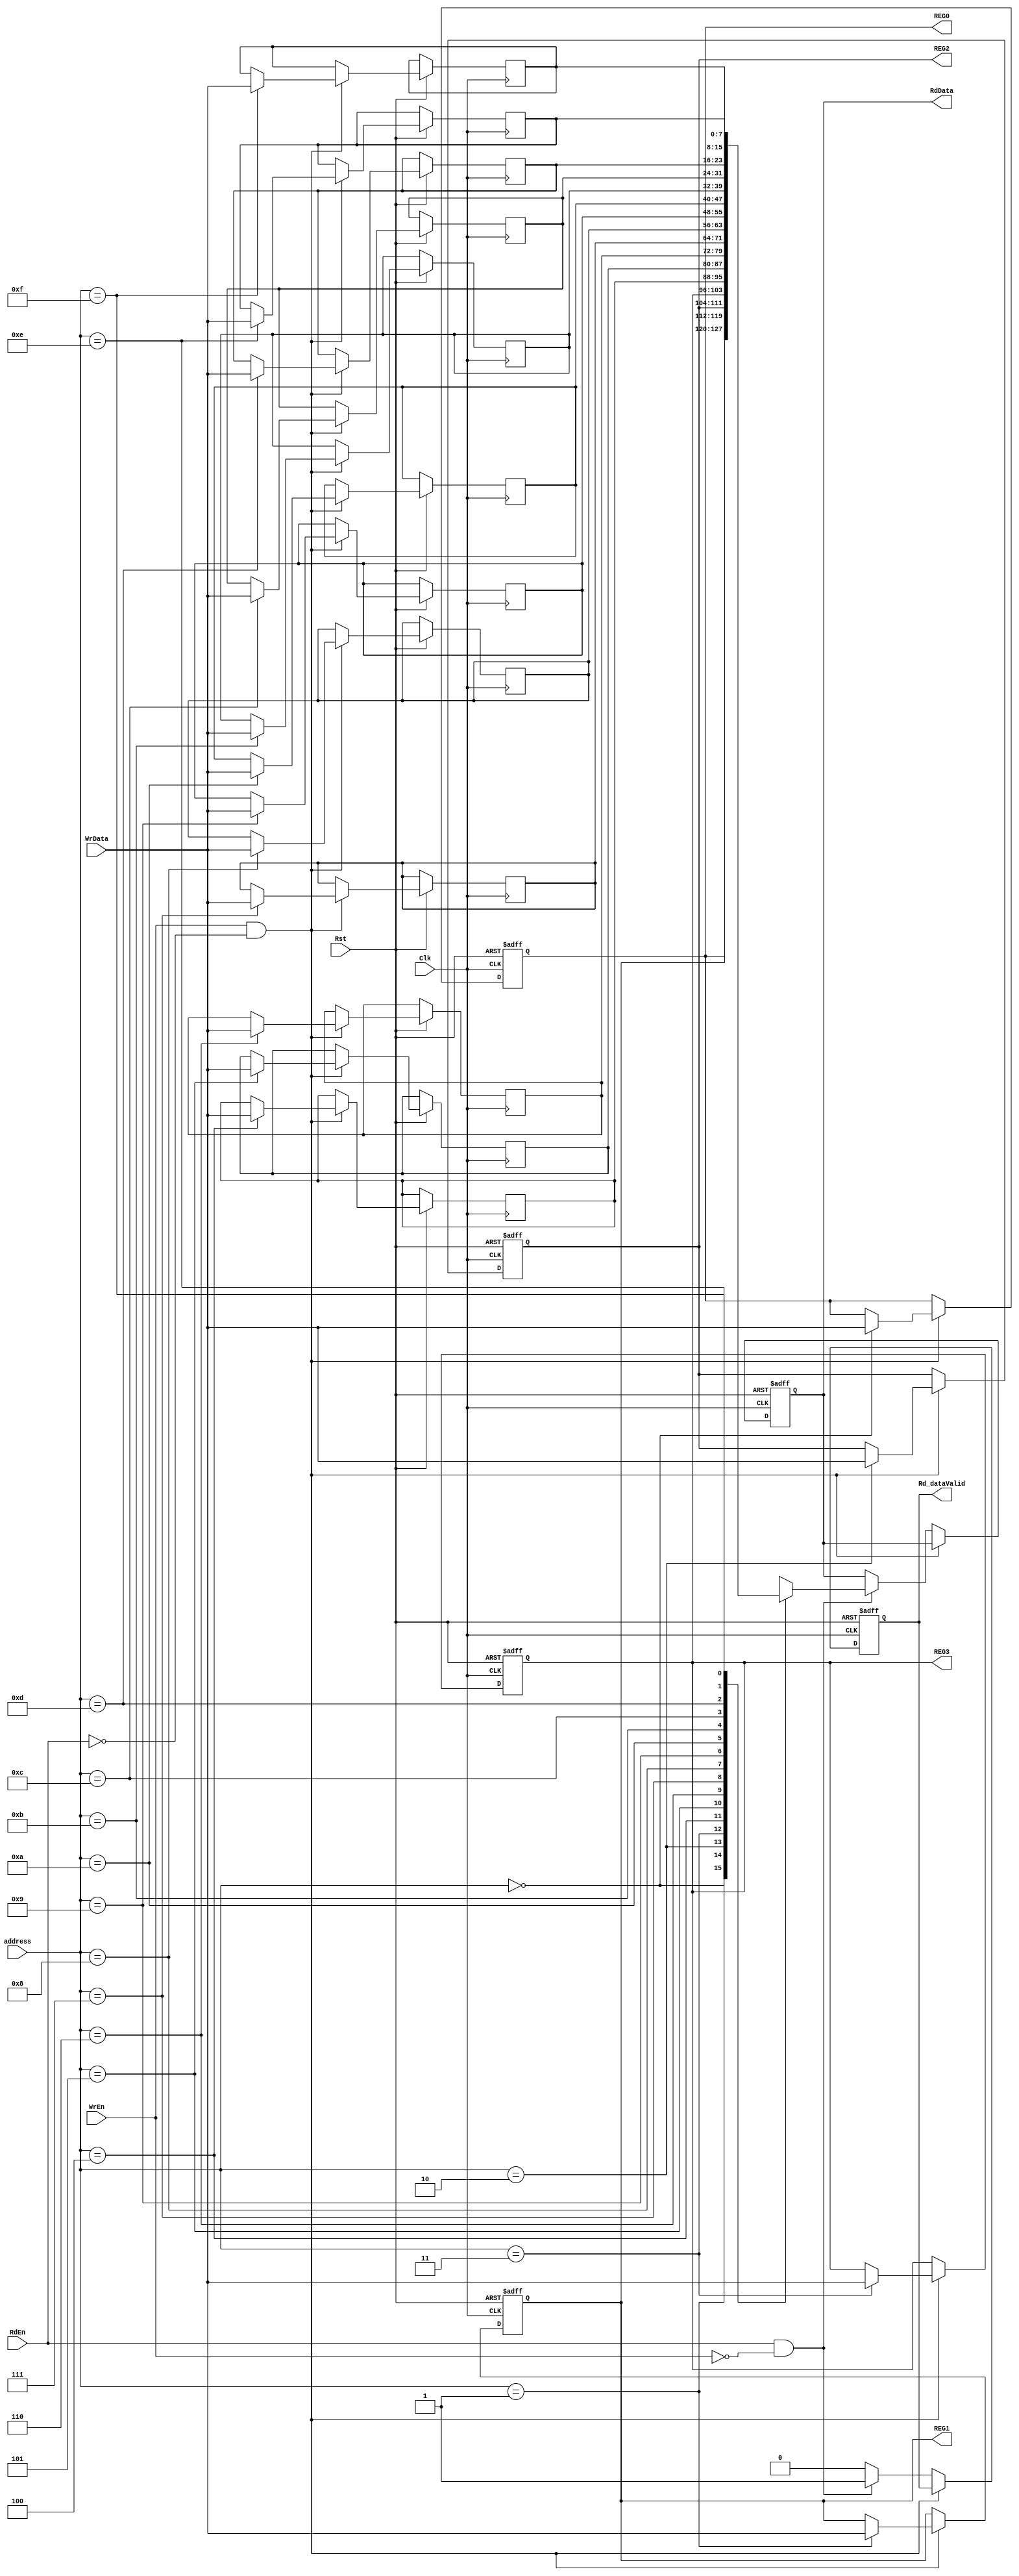
module RegFile #( parameter n = 4 , m = 8 )
  ( 
  input                Clk,Rst,
  input                RdEn,WrEn,
  input       [n-1:0]  address,
  input       [m-1:0]  WrData,
  output reg  [m-1:0]  RdData,
  output reg           Rd_dataValid,
  output      [m-1:0]  REG0,REG1,REG2,REG3
  );
  
  reg [m-1:0] register [15:0];
  
  always @(posedge Clk or negedge Rst)
  begin
    if ( !Rst )
      begin
        RdData <= 0;
        Rd_dataValid <= 0;
        register[0] <= 0;
        register[1] <= 0;
        register[2] <= 'b001000_01;
        register[3] <= 'b0000_1000;
     end
    else
      begin
        if ( WrEn & ! RdEn)
            register[address] <= WrData;
        else if ( RdEn & ! WrEn)
          begin
            RdData <= register[address];
            Rd_dataValid <= 1'b1;
          end
        else
          Rd_dataValid <= 1'b0;
    end
 end  
 
 assign REG0 = register[0];
 assign REG1 = register[1]; 
 assign REG2 = register[2]; 
 assign REG3 = register[3];         

endmodule